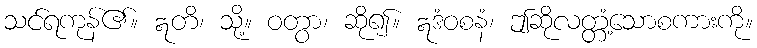
သင်ရကုန်၏။ ဣတိ၊ သို့။ ဝတွာ၊ ဆို၍။ ဣဒံဝစနံ၊ ဤဆိုလတ္တံ့သောစကားကို။